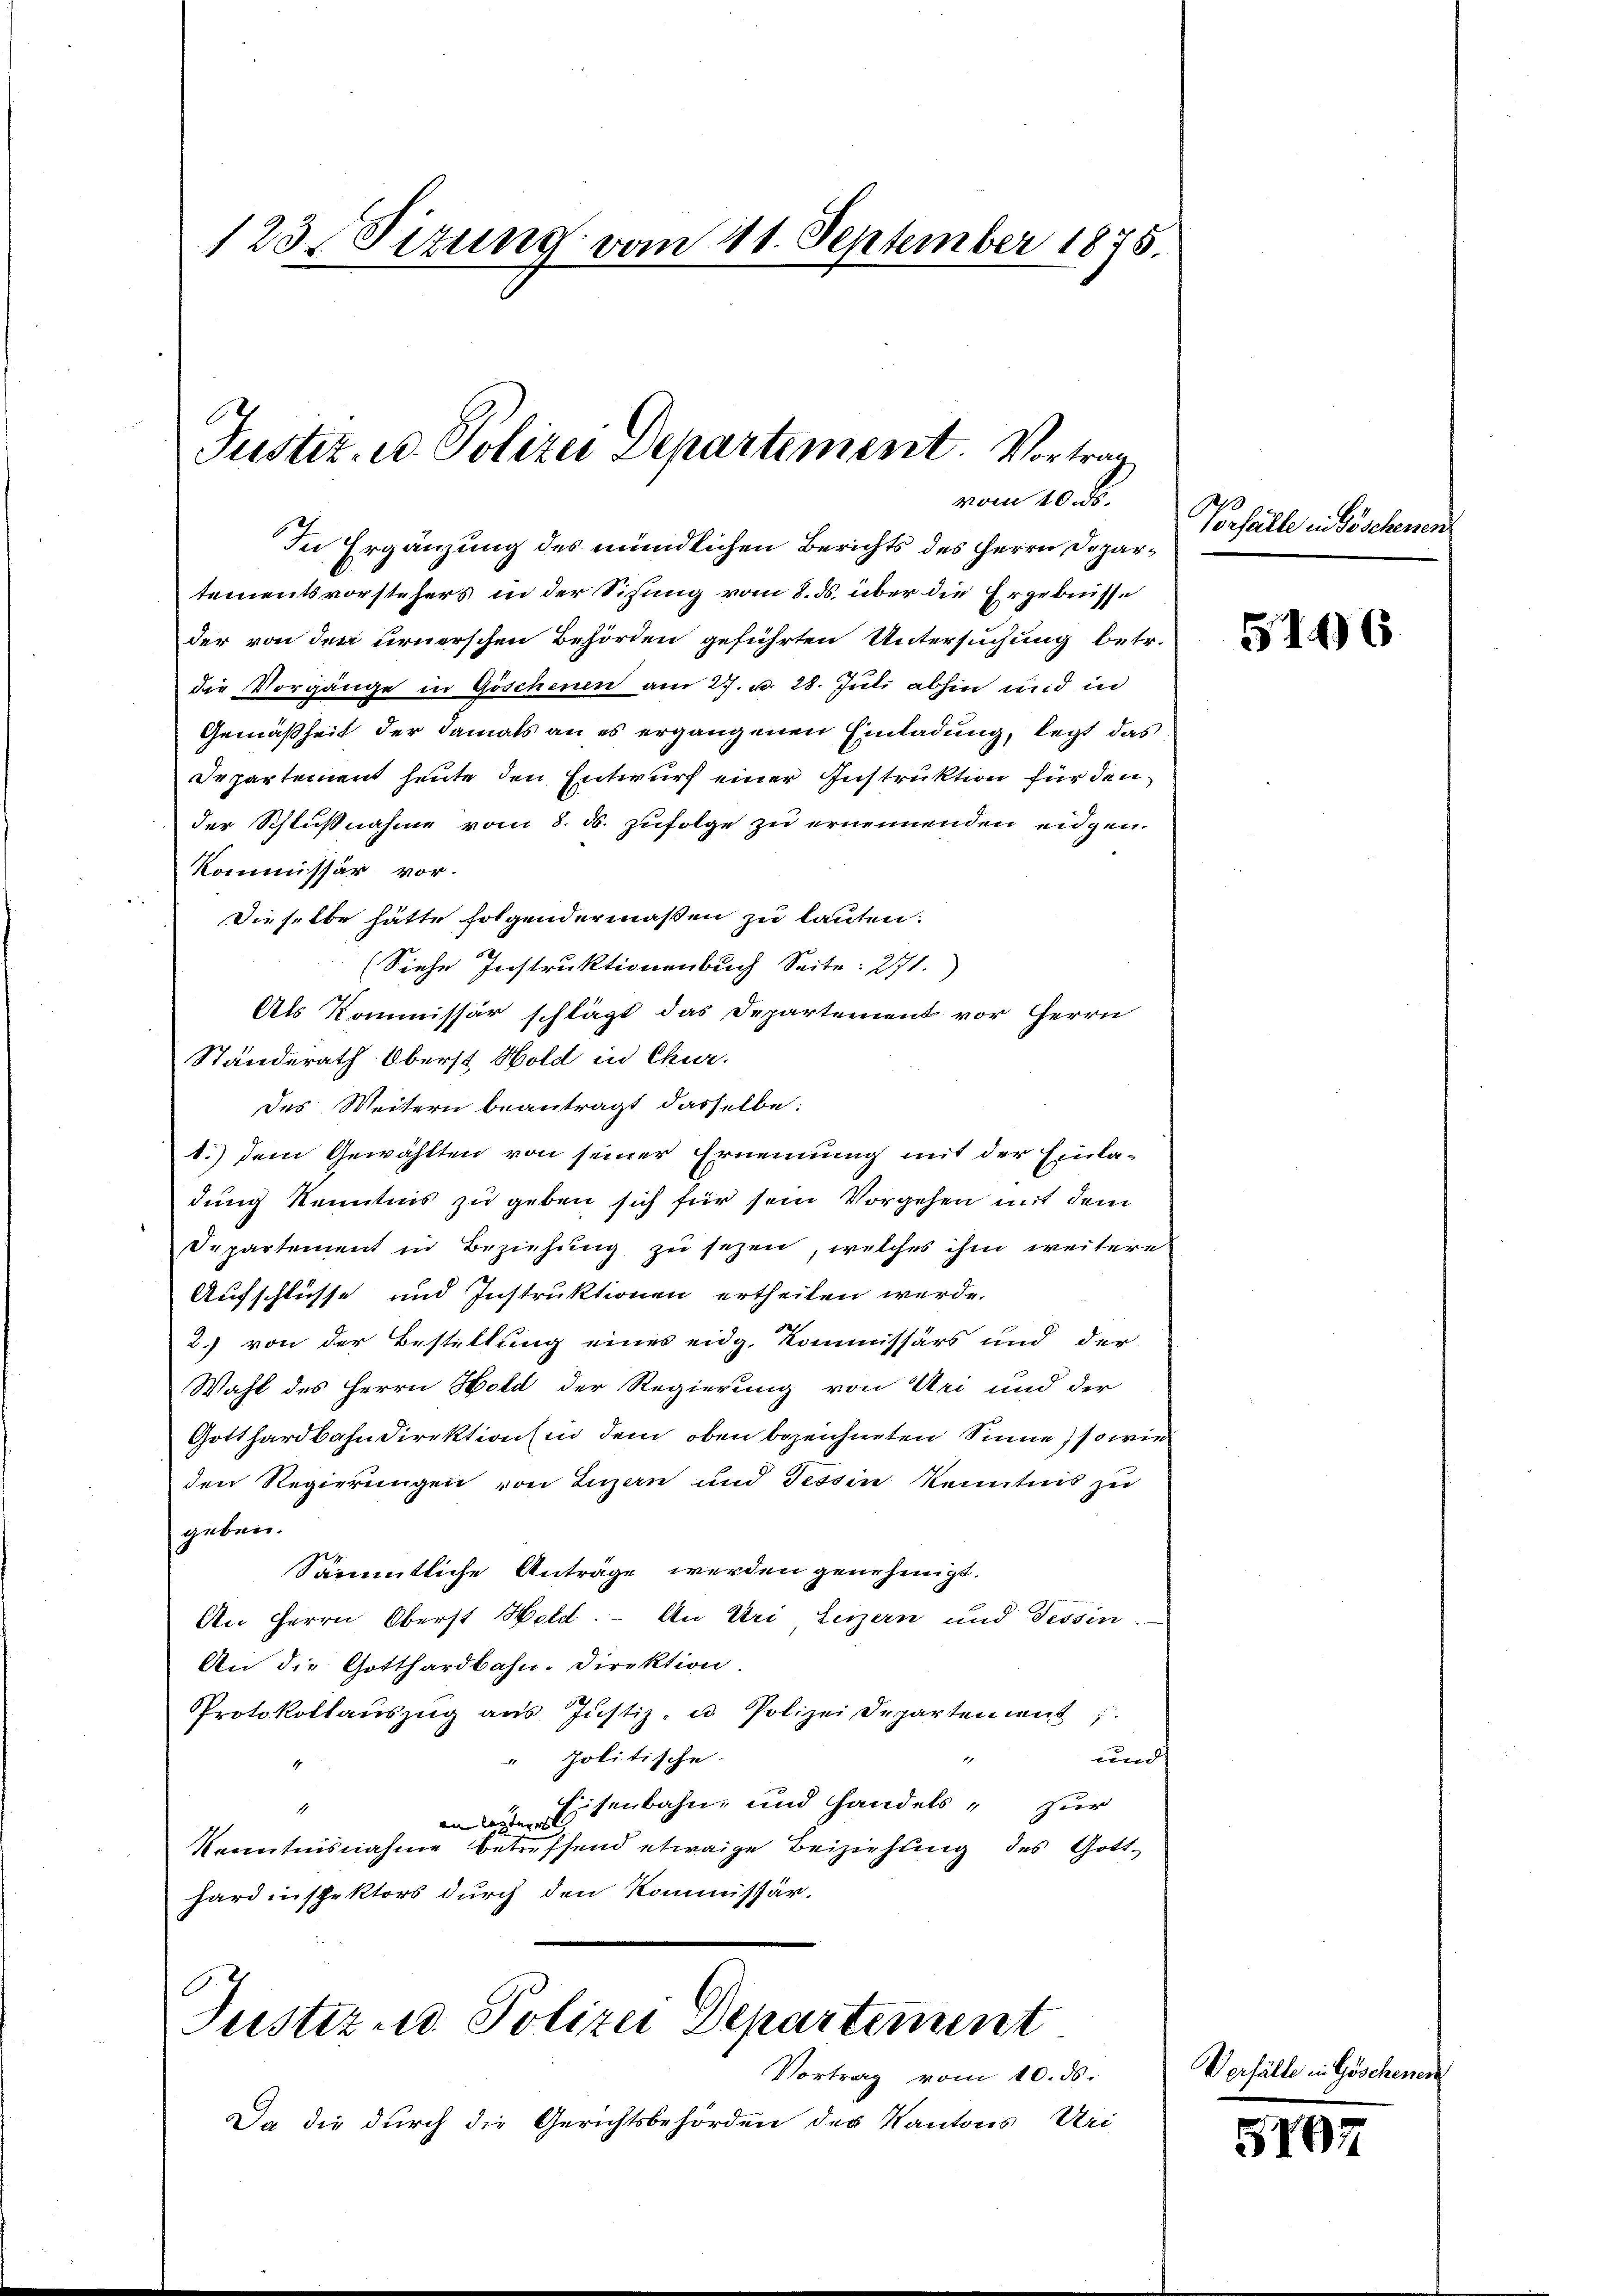
123. Sizung vom 11. September 1875.

Justiz- u. Polizei Departement. Vortrag
vom 10. ds.

In Ergänzung des mündlichen Berichts des Herrn Departementsvorstehers in der Sitzung vom 8. ds. über die Ergebnisse
der von den urnerschen Behörden geführten Untersuchung betr.
die Vorgänge in Göschenen am 27. u. 28. Juli abhin und in
Gemäßheit der damals an es ergangenen Einladung, legt das
Departement heute, den Entwurf einer Instruktion für den
der Schlußnahme vom 8. d. Zufolge zu ernennenden eidgen.
Kommissär vor.
Dieselbe hätte folgendermaßen zu lauten:
(Siehe Instruktionenbuch Seite: 271.)
Als Kommissär schlägt das Departement vor Herrn
Standerath Oberst Hold in Chur.
des Weitern beantragt dasselbe:
d.) dem Gewählten von seiner Ernennung mit der Einladung Kenntnis zu geben sich für sein Vorgehen mit dem
Departement in Beziehung zu sezen, welches ihm weitere
Aufschlüsse und Instruktionen ertheilen werde.
2) von der Bestellung eines eidg. Kommissärs und der
Wahl des Herrn Hold der Regierung von Uri und der
Gotthardbahndirektions in dem oben bezeichneten Sinne, so wie
den Regierungen von Luzern und Tessin Kenntnis zu
geben.
Sämmtliche Anträge werden genehmigt.
An Herrn Oberst Held. – An Uri Luzern und Tessin
An die Gotthardbahn-Direktion
Protokollaŭszŭg ans Justiz- u. Polizei Departement
und
" politische.
1
Eisenbahn- und handels zur
1
an lezteres |
Kenntnisnahme betreffend etwaige Beiziehung des Gotthardinspektors durch den Kommissär.

Justiz und Polizei Departement

Vortrag vom 10. ds.
Da die durch die Gerichtsbehörden der Kantons Uri

Vorfälle in Göschenen

5146

Verfälle in Göschene

507